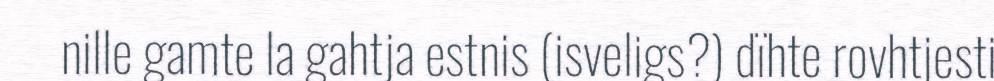
nille gamte la gahtja estnis (isveligs?) dïhte rovhtjesti